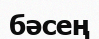
бәсең